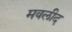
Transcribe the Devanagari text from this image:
मवलीद